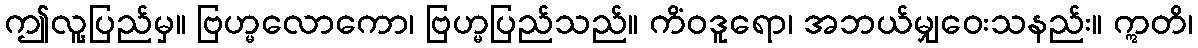
ဤလူ့ပြည်မှ။ ဗြဟ္မလောကော၊ ဗြဟ္မပြည်သည်။ ကိံဝဒူရော၊ အဘယ်မျှဝေးသနည်း။ ဣတိ၊